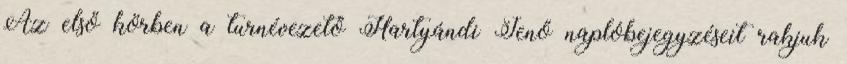
Az első körben a turnévezető Hartyándi Jenő naplóbejegyzéseit rakjuk